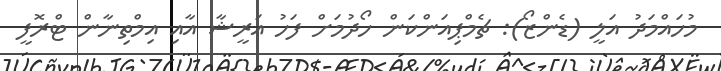
މުހައްމަދު އަލީ (ޑެންޒޯ): ޗެމްޕިއަންކަން ހޯދުމަށް ފަހު އަރީޝާ އާއި އިމްތިނާން ޓްރޮފީ